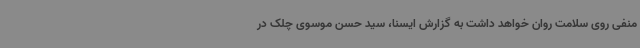
منفی روی سلامت روان خواهد داشت به گزارش ایسنا، سید حسن موسوی چلک در